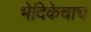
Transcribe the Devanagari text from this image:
भेदिकेचाच